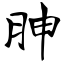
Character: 胂